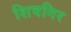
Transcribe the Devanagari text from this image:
शिवगिर